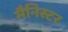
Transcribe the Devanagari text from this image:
मैनिस्टर